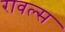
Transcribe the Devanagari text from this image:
रावल्स